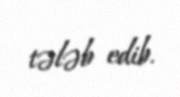
tələb edib.